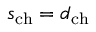
s _ { \mathrm { c h } } = d _ { \mathrm { c h } }